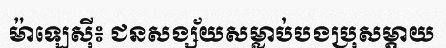
ម៉ាឡេស៊ី៖ ជនសង្ស័យសម្លាប់បងប្រុសម្តាយ